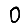
Digit: 0